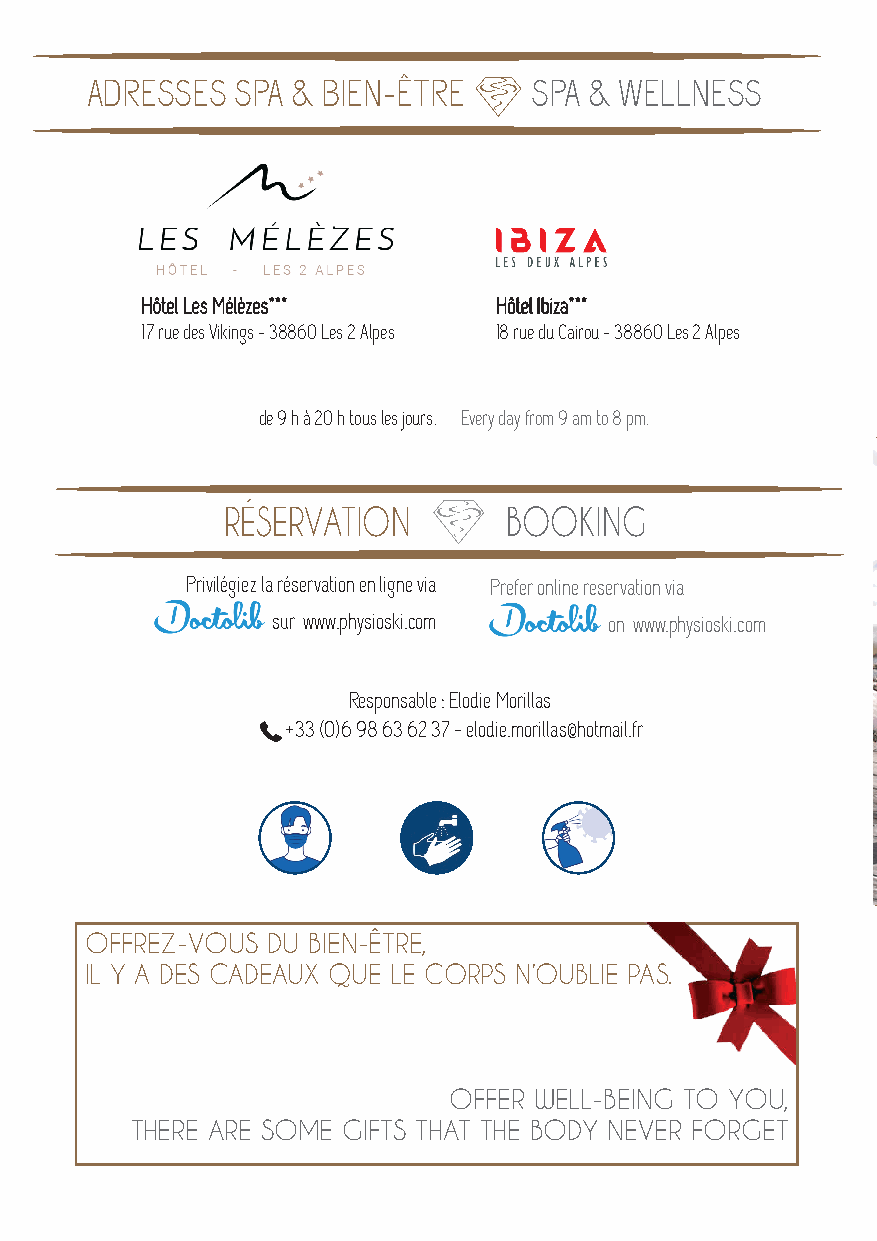
ADRESSES  SPA & BIEN-ÊTRE    SPA & WELLNESS
 MM aa ss ss aa gg ee ss dd ’’ EE xx cc ee pp tt ii oo nn
 HHôôtteell LLeess MMééllèèzzeess****** HHôôtteell IIbbiizzaa******
 17 rue des Vikings - 38860 Les 2 Alpes 18 rue du Cairou - 38860 Les 2 Alpes
 • 2 ALPES  •
 de 9 h à 20 h tous les jours. Every day from 9 am to 8 pm.
 • ALPE D’HUEZ • CHAMONIX • LES ARCS •
 RRÉÉSSEERRVVAATTIIOONN BOOKING
 Privilégiez la réservation en ligne via Prefer online reservation via
 sur www.physioski.com on www.physioski.com
 Responsable : Elodie Morillas
 +33 (0)6 98 63 62 37 - elodie.morillas@hotmail.fr
 BIOSHOP  BIEN-ÊTRE
 OFFREZ-VOUS DU BIEN-ÊTRE,
 IL Y A DES CADEAUX QUE LE CORPS N’OUBLIE PAS.
 VOUS ÊTES AUX 2 ALPES                YOU ARE IN 2 ALPES,
 OFFER WELL-BEING TO YOU,
 PENSEZ À VOTRE BIEN-ÊTRE   THINK ABOUT YOUR WELL-BEING
 THERE ARE SOME GIFTS THAT THE BODY NEVER FORGET